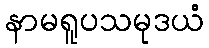
နာမရူပသမုဒယံ